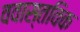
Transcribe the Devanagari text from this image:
ववास्तविक